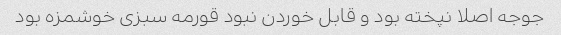
جوجه اصلا نپخته بود و قابل خوردن نبود قورمه سبزی خوشمزه بود